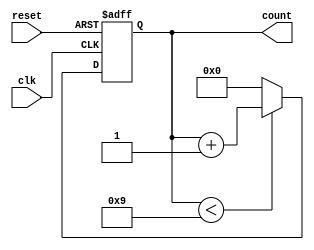
module BCD_Counter (
    input wire clk,         // Clock input
    input wire reset,       // Asynchronous reset input
    output reg [3:0] count  // 4-bit output representing the BCD count
);

    // Always block that triggers on the rising edge of clk or when reset is asserted
    always @(posedge clk or posedge reset) begin
        if (reset) begin
            count <= 4'b0000;  // Reset the count to 0
        end else begin
            if (count < 4'b1001) begin
                count <= count + 1;  // Increment the count if less than 9
            end else begin
                count <= 4'b0000;  // Reset the count to 0 if it reaches 9
            end
        end
    end

endmodule